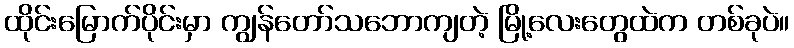
ထိုင်းမြောက်ပိုင်းမှာ ကျွန်တော်သဘောကျတဲ့ မြို့လေးတွေထဲက တစ်ခုပဲ။